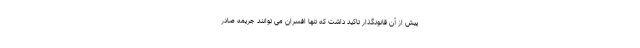
پیش از آن قانونگذار تاکید داشت که تنها افسران می توانند جریمه صادر